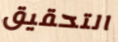
التحقيق